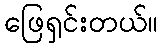
ဖြေရှင်းတယ်။